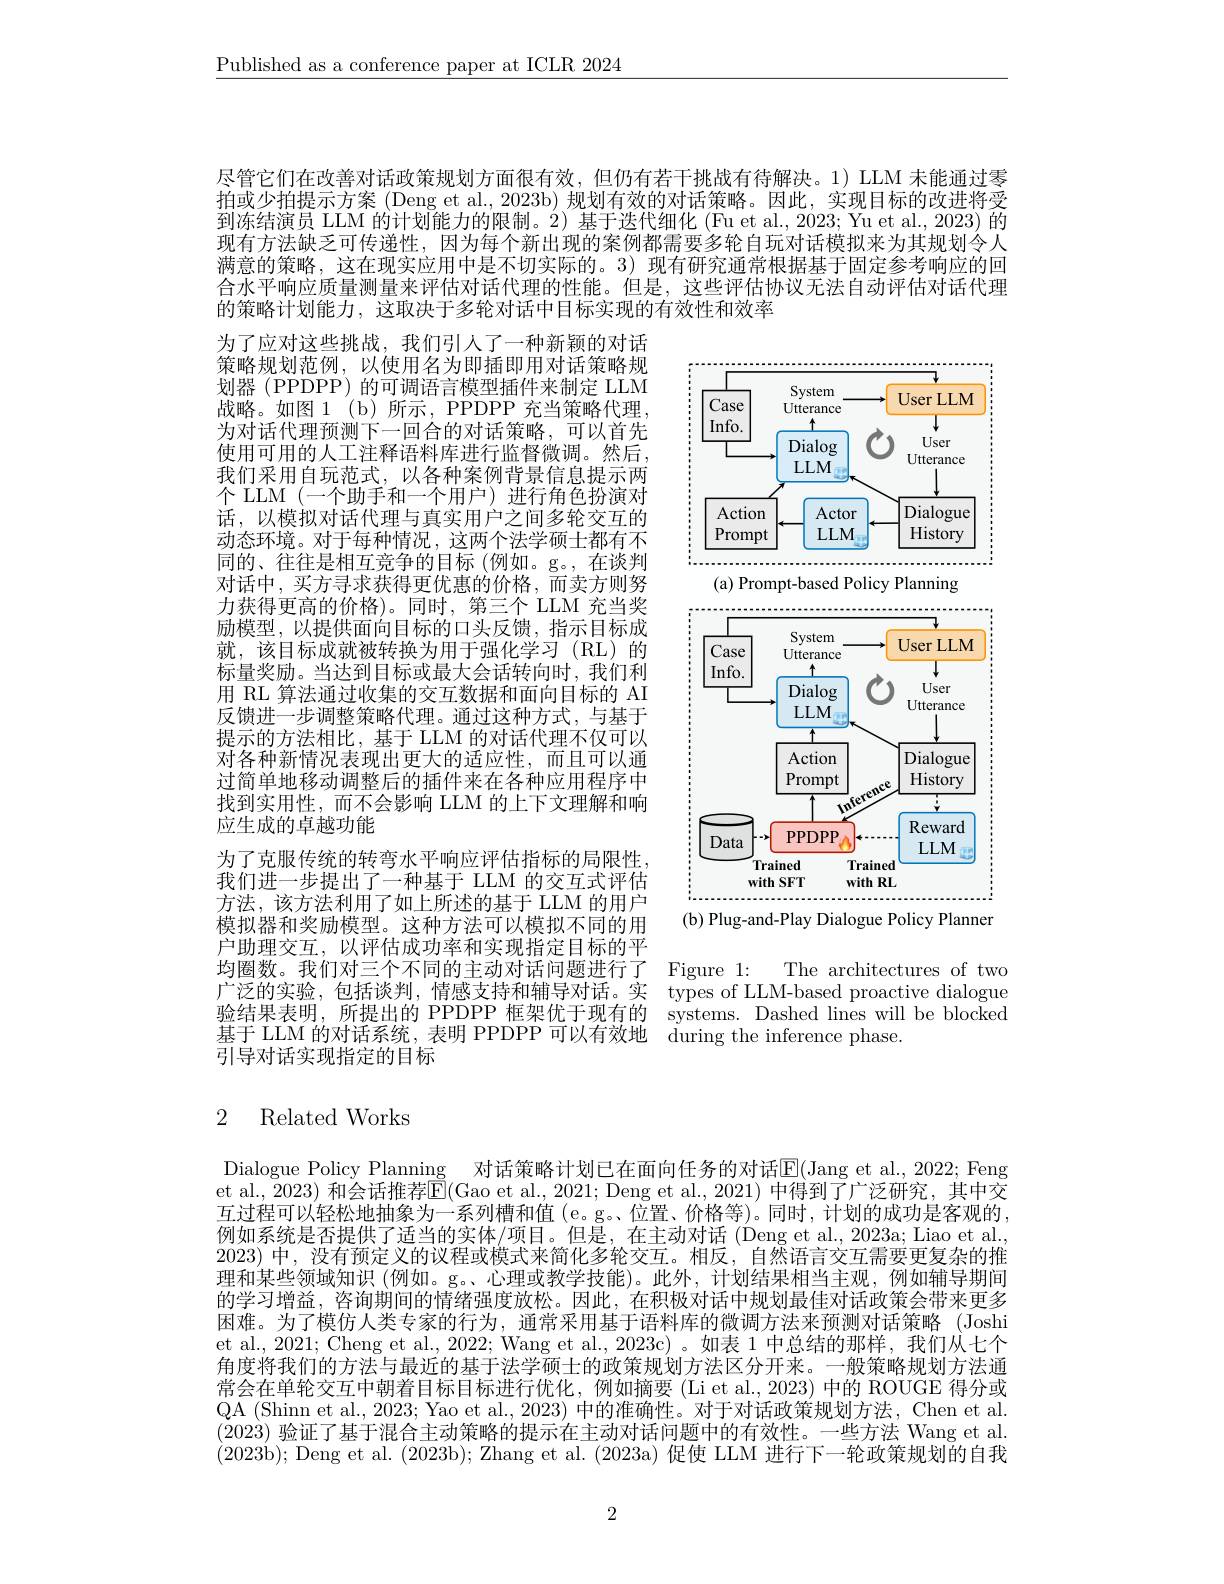
$\underline{\text{Published as a conference paper at ICLR 2024}}$

尽管它们在改善对话政策规划方面很有效，但仍有若干挑战有待解决。1) LLM 未能通过零拍或少拍提示方案 (Deng et al., 2023b) 规划有效的对话策略。因此，实现目标的改进将受到冻结演员 LLM 的计划能力的限制。2)基于迭代细化 (Fu et al., 2023; Yu et al., 2023) 的现有方法缺乏可传递性，因为每个新出现的案例都需要多轮自玩对话模拟来为其规划令人满意的策略，这在现实应用中是不切实际的。3)现有研究通常根据基于固定参考响应的回合水平响应质量测量来评估对话代理的性能。但是，这些评估协议无法自动评估对话代理的策略计划能力，这取决于多轮对话中目标实现的有效性和效率

<FigureHere>

(a) Prompt-based Policy Planning

为了应对这些挑战，我们引人了一种新颖的对话策略规划范例，以使用名为即插即用对话策略规划器 (PPDPP) 的可调语言模型插件来制定 LLM 战略。如图 1 (b)所示 , PPDPP 充当策略代理， 为对话代理预测下一回合的对话策略，可以首先使用可用的人工注释语料库进行监督微调。然后， 我们采用自玩范式，以各种案例背景信息提示两个 LLM (一个助手和一个用户)进行角色扮演对话，以模拟对话代理与真实用户之间多轮交互的动态环境。对于每种情况，这两个法学硕士都有不同的、往往是相互竞争的目标(例如。g。,在谈判对话中，买方寻求获得更优惠的价格，而卖方则努力获得更高的价格)。同时，第三个 LLM 充当奖励模型，以提供面向目标的口头反馈，指示目标成就，该目标成就被转换为用于强化学习(RL)的标量奖励。当达到目标或最大会话转向时，我们利用 RL 算法通过收集的交互数据和面向目标的 AI 反馈进一步调整策略代理。通过这种方式，与基于提示的方法相比，基于 LLM 的对话代理不仅可以对各种新情况表现出更大的适应性，而且可以通过简单地移动调整后的插件来在各种应用程序中找到实用性，而不会影响 LLM 的上下文理解和响应生成的卓越功能
为了克服传统的转弯水平响应评估指标的局限性， 我们进一步提出了一种基于 LLM 的交互式评估方法，该方法利用了如上所述的基于 LLM 的用户模拟器和奖励模型。这种方法可以模拟不同的用户助理交互，以评估成功率和实现指定目标的平均圈数。我们对三个不同的主动对话问题进行了 Figure 1:
广泛的实验，包括谈判，情感支持和辅导对话。实 types of LLM-based proactive dialogue 验结果表明，所提出的 PPDPP 框架优于现有的 systems. Dashed lines will be blocked 基于 LLM 的对话系统，表明 PPDPP 可以有效地 during the inference phase.
引导对话实现指定的目标

<FigureHere>

(b) Plug-and-Play Dialogue Policy Planner

The architectures of two

## 2 Related Works

Dialogue Policy Planning 对话策略计划已在面向任务的对话$\mathbb{E}($Jang et al., 2022; Feng et al., 2023) 和会话推荐$\mathbb{E}($Gao et al., 2021; Deng et al., 2021) 中得到了广泛研究，其中交互过程可以轻松地抽象为一系列槽和值 (e。g。位置、价格等)。同时，计划的成功是客观的， 例如系统是否提供了适当的实体/项目。但是，在主动对话 (Deng et al., 2023a; Liao et al. 2023) 中，没有预定义的议程或模式来简化多轮交互。相反，自然语言交互需要更复杂的推理和某些领域知识 (例如。g。、心理或教学技能)。此外，计划结果相当主观，例如辅导期间的学习增益，咨询期间的情绪强度放松。因此，在积极对话中规划最佳对话政策会带来更多困难。为了模仿人类专家的行为，通常采用基于语料库的微调方法来预测对话策略 (Joshi et al., 2021; Cheng et al., 2022; Wang et al., 2023c) 。如表 1 中总结的那样，我们从七个角度将我们的方法与最近的基于法学硕士的政策规划方法区分开来。一般策略规划方法通常会在单轮交互中朝着目标目标进行优化，例如摘要(Li et al., 2023) 中的 ROUGE 得分或QA (Shinn et al., 2023; Yao et al., 2023) 中的准确性。对于对话政策规划方法，Chen et al. (2023)验证了基于混合主动策略的提示在主动对话问题中的有效性。一些方法 Wang et al. (2023b); Deng et al. (2023b); Zhang et al. (2023a) 促使 LLM 进行下一轮政策规划的自我

2